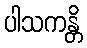
ပါသကန္တိ